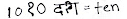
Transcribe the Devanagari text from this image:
10 १0 दश = ten